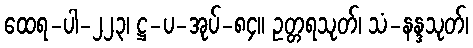
ထေရ-ပါ-၂၂၃၊ ဋ္ဌ-ပ-အုပ်-၈၄။ ဥတ္တရသုတ်၊ သံ-နန္ဒသုတ်၊